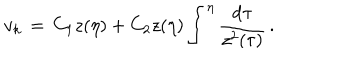
v _ { k } \, = \, C _ { 1 } z ( \eta ) + C _ { 2 } z ( \eta ) \int ^ { \eta } \frac { \mathrm { d } \tau } { z ^ { 2 } ( \tau ) } \, .